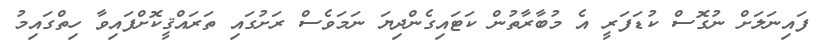
ފައިނަލަށް ނުގޮސް ކުޑަފަރީ އެ މުބާރާތުން ކަޓައިގެންދިޔަ ނަމަވެސް ރަށުގައި ތަރައްޤީކޮށްފައިވާ ހިތްގައިމު